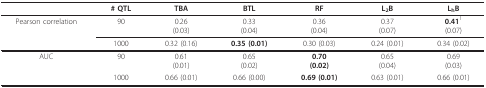
<table><thead><tr><td></td><td><b># QTL</b></td><td><b>TBA</b></td><td><b>BTL</b></td><td><b>RF</b></td><td><b>L<sub>2</sub>B</b></td><td><b>L<sub>h</sub>B</b></td></tr></thead><tbody><tr><td>Pearson correlation</td><td>90</td><td>0.26(0.03)</td><td>0.33(0.04)</td><td>0.36(0.04)</td><td>0.37(0.07)</td><td><b>0.41</b><sup>1 </sup>(0.07)</td></tr><tr><td></td><td>1000</td><td>0.32 (0.16)</td><td><b>0.35 (0.01)</b></td><td>0.30 (0.03)</td><td>0.24 (0.01)</td><td>0.34 (0.02)</td></tr><tr><td>AUC</td><td>90</td><td>0.61(0.01)</td><td>0.65(0.02)</td><td><b>0.70</b><b>(0.02)</b></td><td>0.65(0.04)</td><td>0.69(0.03)</td></tr><tr><td></td><td>1000</td><td>0.66 (0.01)</td><td>0.66 (0.00)</td><td><b>0.69 (0.01)</b></td><td>0.63 (0.01)</td><td>0.66 (0.01)</td></tr></tbody></table>